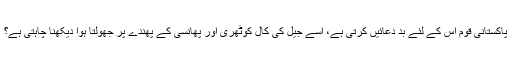
پاکستانی قوم اس کے لئے بد دعائیں کرتی ہے، اسے جیل کی کال کوٹھری اور پھانسی کے پھندے پر جھولتا ہوا دیکھنا چاہتی ہے؟